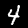
Label: 4